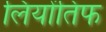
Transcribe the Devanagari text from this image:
लियोंतिफ